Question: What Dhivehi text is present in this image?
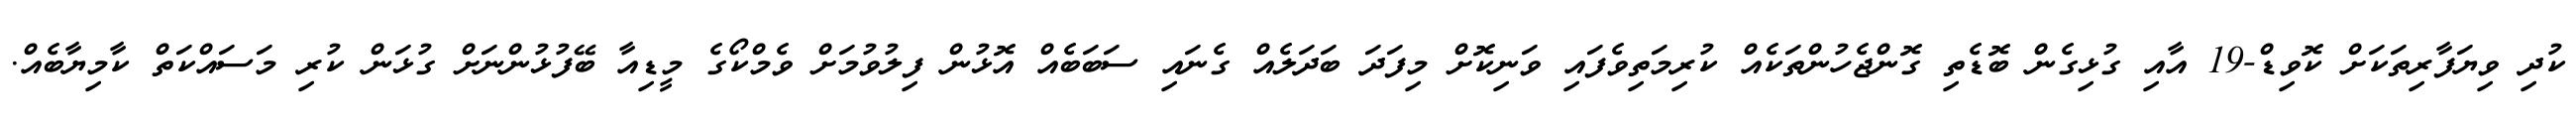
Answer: ކުދި ވިޔަފާރިތަކަށް ކޮވިޑް-19 އާއި ގުޅިގެން ބޮޑެތި ގޮންޖެހުންތަކެއް ކުރިމަތިވެފައި ވަނިކޮށް މިފަދަ ބަދަލެއް ގެނައި ސަބަބެއް އޮޅުން ފިލުވުމަށް ވެމްކޯގެ މީޑިއާ ބޭފުޅުންނަށް ގުޅަން ކުރި މަސައްކަތް ކާމިޔާބެއް.